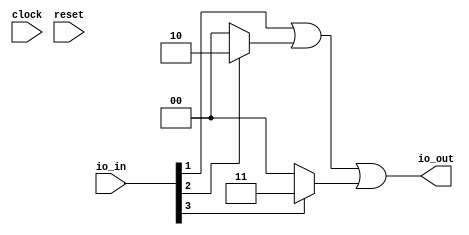
module encoder_generator(
  input        clock,
  input        reset,
  input  [3:0] io_in,
  output [1:0] io_out
);
  wire [1:0] _T_6 = io_in[2] ? 2'h2 : 2'h0; // @[Mux.scala 27:72]
  wire [1:0] _T_7 = io_in[3] ? 2'h3 : 2'h0; // @[Mux.scala 27:72]
  wire [1:0] _GEN_0 = {{1'd0}, io_in[1]}; // @[Mux.scala 27:72]
  wire [1:0] _T_9 = _GEN_0 | _T_6; // @[Mux.scala 27:72]
  assign io_out = _T_9 | _T_7; // @[GCD.scala 74:10]
endmodule